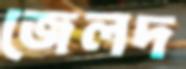
জেলদ